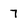
Character: 7